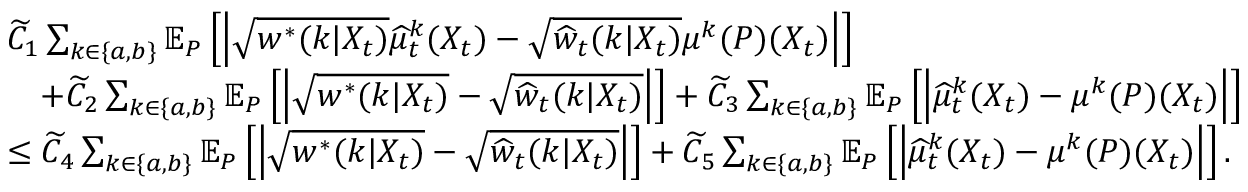
\begin{array} { r l } & { \widetilde { C } _ { 1 } \sum _ { k \in \{ a , b \} } \mathbb { E } _ { P } \left[ \Big | \sqrt { w ^ { * } ( k | X _ { t } ) } \widehat { \mu } _ { t } ^ { k } ( X _ { t } ) - \sqrt { \widehat { w } _ { t } ( k | X _ { t } ) } \mu ^ { k } ( P ) ( X _ { t } ) \Big | \right] } \\ & { \ \ \ + \widetilde { C } _ { 2 } \sum _ { k \in \{ a , b \} } \mathbb { E } _ { P } \left[ \Big | \sqrt { w ^ { * } ( k | X _ { t } ) } - \sqrt { \widehat { w } _ { t } ( k | X _ { t } ) } \Big | \right] + \widetilde { C } _ { 3 } \sum _ { k \in \{ a , b \} } \mathbb { E } _ { P } \left[ \Big | \widehat { \mu } _ { t } ^ { k } ( X _ { t } ) - \mu ^ { k } ( P ) ( X _ { t } ) \Big | \right] } \\ & { \leq \widetilde { C } _ { 4 } \sum _ { k \in \{ a , b \} } \mathbb { E } _ { P } \left[ \Big | \sqrt { w ^ { * } ( k | X _ { t } ) } - \sqrt { \widehat { w } _ { t } ( k | X _ { t } ) } \Big | \right] + \widetilde { C } _ { 5 } \sum _ { k \in \{ a , b \} } \mathbb { E } _ { P } \left[ \Big | \widehat { \mu } _ { t } ^ { k } ( X _ { t } ) - \mu ^ { k } ( P ) ( X _ { t } ) \Big | \right] . } \end{array}